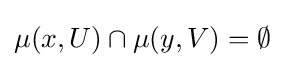
\mu (x,U)\cap \mu (y,V)=\emptyset